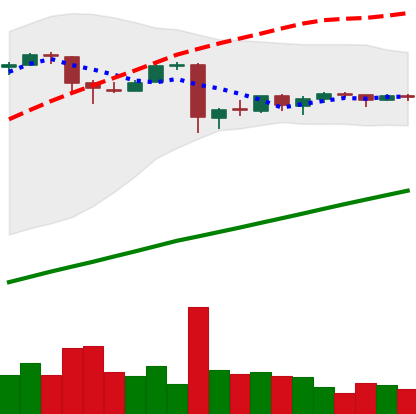
Ticker: BTC-USD
Chart end date: 2016-01-05
Forward return: 3.711%
Label: up_3_5